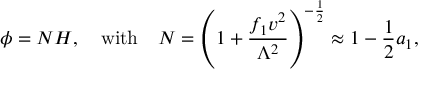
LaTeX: \phi = N H , \quad \mathrm { w i t h } \quad N = \left( 1 + { \frac { f _ { 1 } v ^ { 2 } } { \Lambda ^ { 2 } } } \right) ^ { - { \frac { 1 } { 2 } } } \approx 1 - { \frac { 1 } { 2 } } a _ { 1 } ,